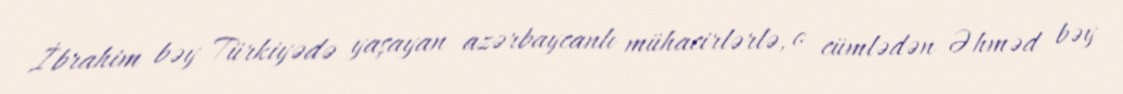
İbrahim bəy Türkiyədə yaşayan azərbaycanlı mühacirlərlə, o cümlədən Əhməd bəy